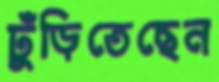
ঢুঁড়িতেছেন